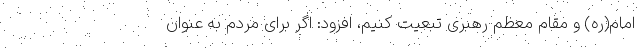
امام(ره) و مقام معظم رهبری تبعیت کنیم، افزود: اگر برای مردم به عنوان